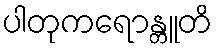
ပါတုကရောန္တူတိ